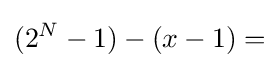
(2^{N}-1)-(x-1)=